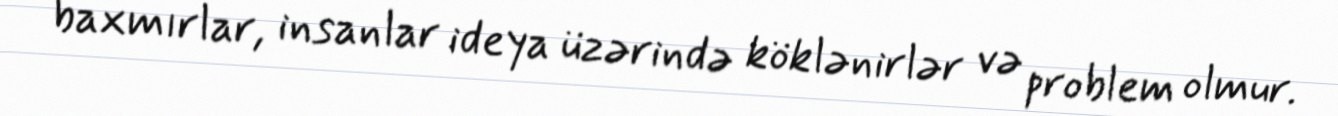
baxmırlar, insanlar ideya üzərində köklənirlər və problem olmur.